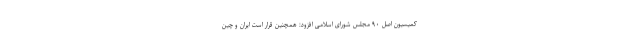
کمیسیون اصل ۹۰ مجلس شورای اسلامی افزود: همچنین قرار است ایران و چین